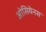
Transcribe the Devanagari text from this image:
ओसियेनस